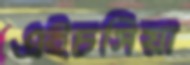
এইচসিয়া